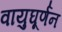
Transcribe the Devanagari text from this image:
वायुघूर्णन